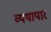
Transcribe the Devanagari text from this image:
व्ययापार